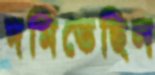
দমিতেছিল